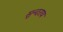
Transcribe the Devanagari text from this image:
सुन्दराय